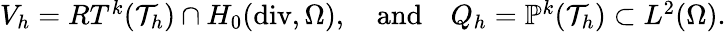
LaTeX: \begin{array}{r}{V_{h}=RT^{k}(\mathcal{T}_{h})\cap H_{0}(\mathrm{div},\Omega),\quad\textrm{and}\quad Q_{h}=\mathbb{P}^{k}(\mathcal{T}_{h})\subset L^{2}(\Omega).}\end{array}